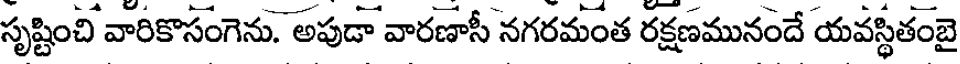
సృష్టించి వారికొసంగెను. అపుడా వారణాసీ నగరమంత రక్షణమునందే యవస్థితంబై